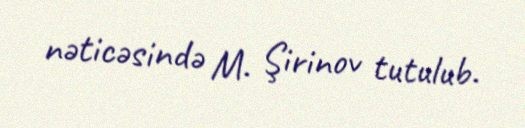
nəticəsində M. Şirinov tutulub.